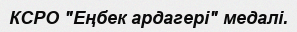
КСРО "Еңбек ардагері" медалі.